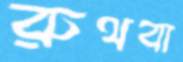
রুথবা